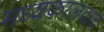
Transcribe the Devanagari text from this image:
मध्यकालवाद